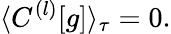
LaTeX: \langle C^{(l)}[g]\rangle_{\tau}=0.